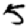
Digit: 5